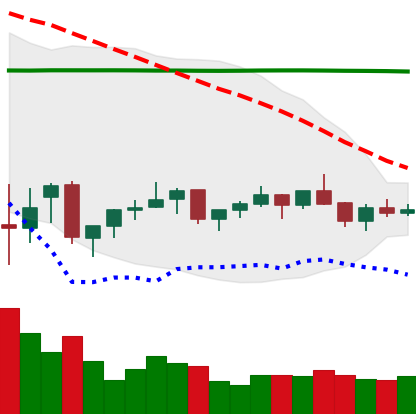
Ticker: XMR-USD
Chart end date: 2021-07-11
Forward return: -8.697%
Label: down_7plus